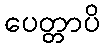
ပေတ္တာပိ